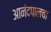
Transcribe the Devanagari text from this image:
आनंदपालचा